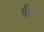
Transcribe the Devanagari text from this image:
मीने